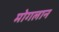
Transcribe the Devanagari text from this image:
मोगलान